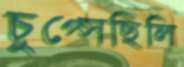
চুপ্‌সেছিলি